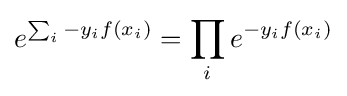
e^{\sum _{i}-y_{i}f(x_{i})}=\prod _{i}e^{-y_{i}f(x_{i})}